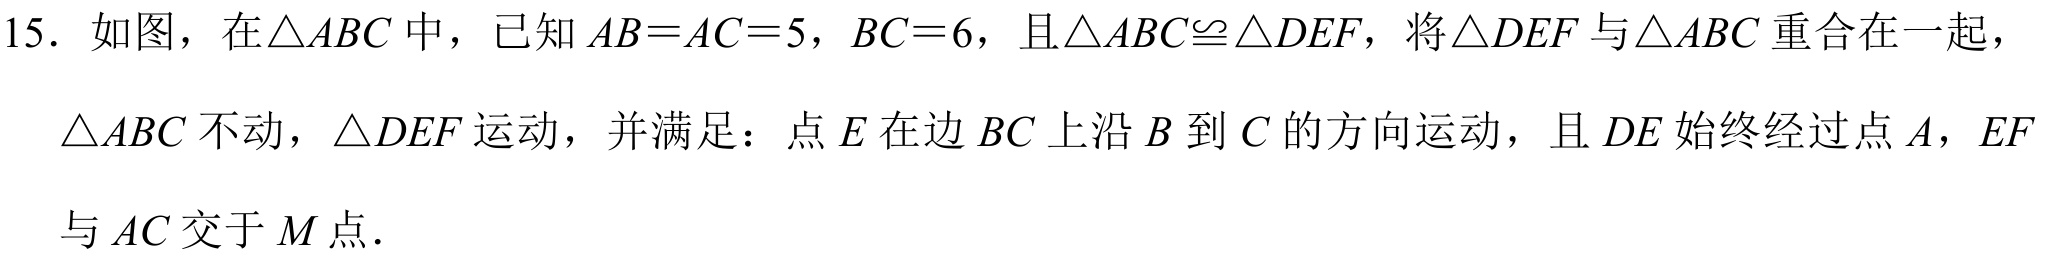
15. 如图，在\(\triangle ABC\)中，已知\(AB = AC = 5\)，\(BC = 6\)，且\(\triangle ABC\cong\triangle DEF\)，将\(\triangle DEF\)与\(\triangle ABC\)重合在一起，
\(\triangle ABC\)不动，\(\triangle DEF\)运动，并满足：点\(E\)在边\(BC\)上沿\(B\)到\(C\)的方向运动，且\(DE\)始终经过点\(A\)，\(EF\)
与\(AC\)交于\(M\)点.